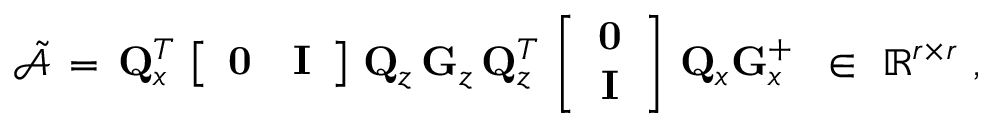
\tilde { \mathcal { A } } \, = \, { \bf Q } _ { x } ^ { T } \, \left[ \begin{array} { c c } { { \bf 0 } } & { { \bf I } } \end{array} \right] \, { \bf Q } _ { z } \, { \bf G } _ { z } \, { \bf Q } _ { z } ^ { T } \, \left[ \begin{array} { c } { { \bf 0 } } \\ { { \bf I } } \end{array} \right] \, { \bf Q } _ { x } { \bf G } _ { x } ^ { + } \, \, \, \in \, \, \mathbb { R } ^ { r \times r } \mathrm { ~ , ~ }